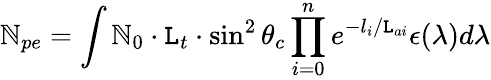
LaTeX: \mathbb{N}_{pe}=\int{\mathbb{N}_{0}\cdot\mathtt{L}_{t}\cdot\sin^{2}\theta_{c}\prod_{i=0}^{n}e^{-l_{i}/\mathtt{L}_{ai}}\epsilon(\lambda)d\lambda}